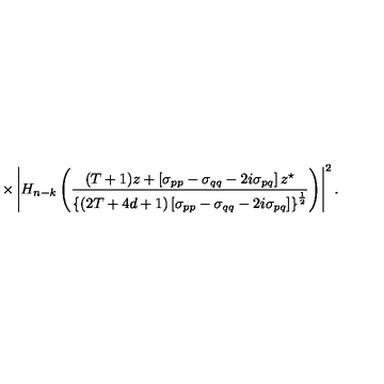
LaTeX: \times \left| H _ { n - k } \left( \frac { ( T + 1 ) z + \left[ \sigma _ { p p } - \sigma _ { q q } - 2 i \sigma _ { p q } \right] z ^ { \star } } { \left\{ ( 2 T + 4 d + 1 ) \left[ \sigma _ { p p } - \sigma _ { q q } - 2 i \sigma _ { p q } \right] \right\} ^ { \frac 1 2 } } \right) \right| ^ { 2 } .